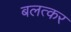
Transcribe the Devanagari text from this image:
बलत्कर